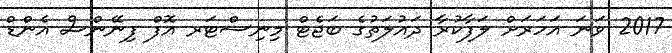
2017 ވަނަ އަހަރަށް ލަފާކުރާ ދައުލަތުގެ ބަޖެޓް މިނިސްޓަރ އޮފް ފިނޭންސް އެންޑް